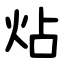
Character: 炶